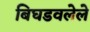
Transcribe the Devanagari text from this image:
बिघडवलेले